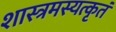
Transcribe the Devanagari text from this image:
शास्त्रमस्यत्कृतं